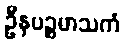
ဦနပဉ္စမာသကံ